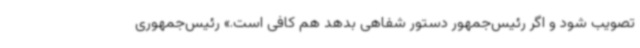
تصویب شود و اگر رئیس‌جمهور دستور شفاهی بدهد هم کافی است.» رئیس‌جمهوری